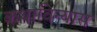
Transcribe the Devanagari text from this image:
कथाविन्यास